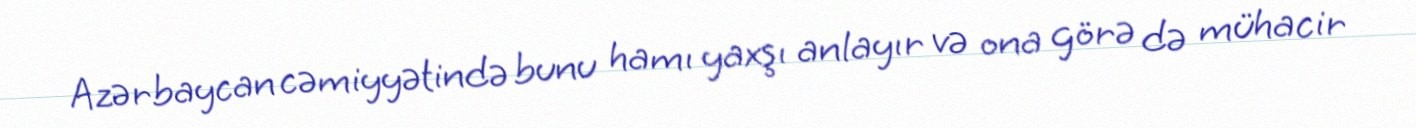
Azərbaycan cəmiyyətində bunu hamı yaxşı anlayır və ona görə də mühacir